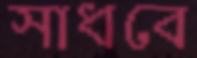
সাধবে